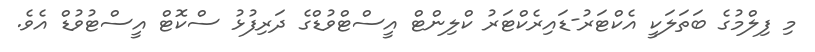
މި ފިލްމުގެ ބަތަލަކީ އެކްޓަރު-ޑައިރެކްޓަރު ކްލިންޓް އީސްޓްވުޑްގެ ދަރިފުޅު ސްކޮޓް އީސްޓުވުޑް އެވެ.